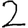
Digit: 2